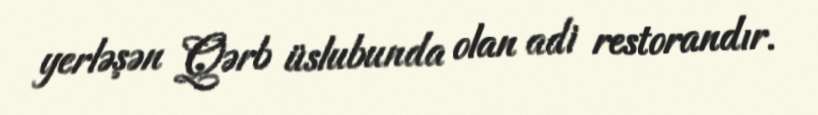
yerləşən Qərb üslubunda olan adi restorandır.